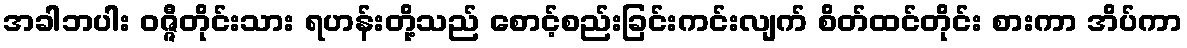
အခါဘပါး ဝဇ္ဇီတိုင်းသား ရဟန်းတို့သည် စောင့်စည်းခြင်းကင်းလျက် စိတ်ထင်တိုင်း စားကာ အိပ်ကာ